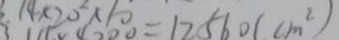
1 4 \times 2 0 ^ { 2 } \times 1 0 ^ { 2 } = 1 2 5 6 0 ( c m ^ { 2 } )